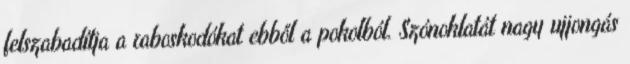
felszabadítja a raboskodókat ebből a pokolból. Szónoklatát nagy ujjongás